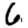
Digit: 6